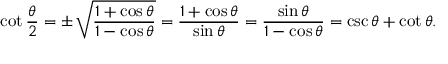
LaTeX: \cot { \frac { \theta } { 2 } } = \pm \, { \sqrt { \frac { 1 + \cos \theta } { 1 - \cos \theta } } } = { \frac { 1 + \cos \theta } { \sin \theta } } = { \frac { \sin \theta } { 1 - \cos \theta } } = \csc \theta + \cot \theta .